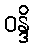
ဝန္ဒိ